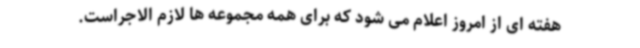
هفته ای از امروز اعلام می شود که برای همه مجموعه ها لازم الاجراست.